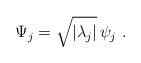
LaTeX: \begin{align*}\Psi_j = \sqrt{| \lambda_j |} \, \psi_j~.\end{align*}